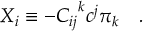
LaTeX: X _ { i } \equiv - { C _ { i j } } ^ { k } c ^ { j } \pi _ { k } \quad .